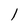
Character: 1